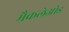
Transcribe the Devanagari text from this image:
मैकलेओड